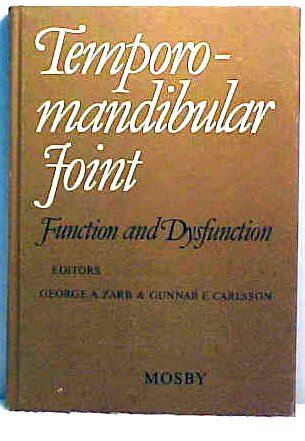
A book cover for Temporomandibular joint function and dysfunction; Medical Books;